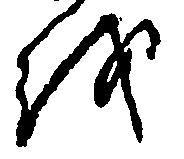
を